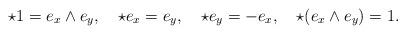
LaTeX: \begin{align*}\star1=e_x\wedge e_y,\quad \star e_x=e_y,\quad \star e_y=-e_x,\quad\star(e_x\wedge e_y)=1.\end{align*}